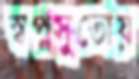
স্বপ্নসুতোয়